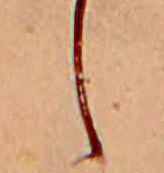
し